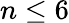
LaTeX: n\leq 6